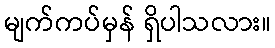
မျက်ကပ်မှန် ရှိပါသလား။